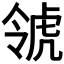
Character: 𧆺